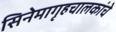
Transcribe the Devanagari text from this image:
सिनेमागृहचालकांचे